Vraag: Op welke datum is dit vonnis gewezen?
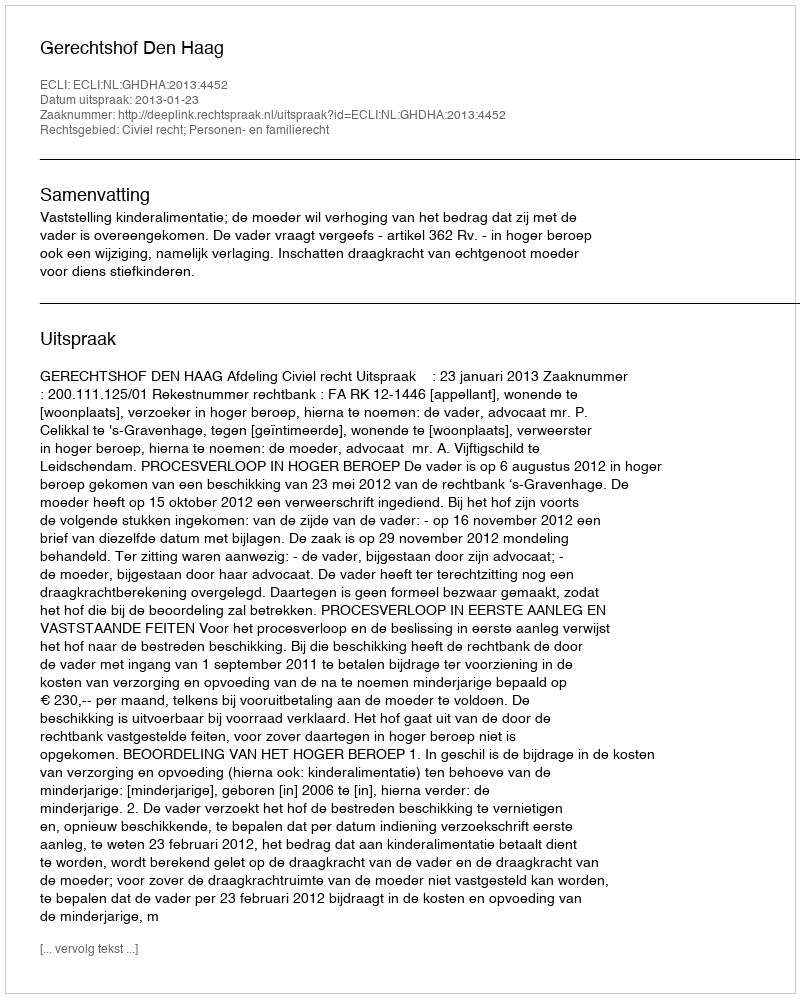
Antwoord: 2013-01-23